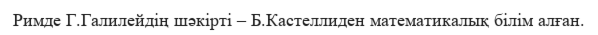
Римде Г.Галилейдің шәкірті – Б.Кастеллиден математикалық білім алған.